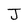
Character: J